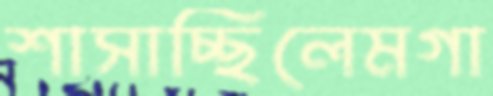
শাসাচ্ছিলেমগা